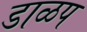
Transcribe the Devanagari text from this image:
डाळप